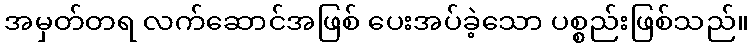
အမှတ်တရ လက်ဆောင်အဖြစ် ပေးအပ်ခဲ့သော ပစ္စည်းဖြစ်သည်။